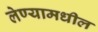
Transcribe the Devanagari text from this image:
लेण्यामधील